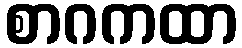
စာဂကထာ